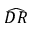
\widehat { D R }